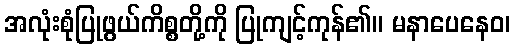
အလုံးစုံပြုဖွယ်ကိစ္စတို့ကို ပြုကျင့်ကုန်၏။ မနာပေနေဝ၊